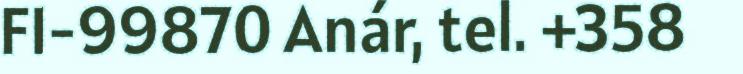
FI-99870 Anár, tel. +358